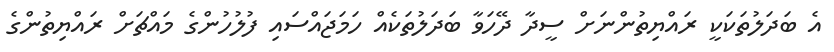
އެ ބަދަލުތަކަކީ ރައްޔިތުންނަށް ސީދާ ދޭހަވާ ބަދަލުތަކެއް ހަމަޖައްސައި ފުލުހުންގެ މައްޗަށް ރައްޔިތުންގެ